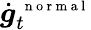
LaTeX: \dot{\boldsymbol g}_{t}^{\mathrm{~\scriptsize~n~o~r~m~a~l~}}